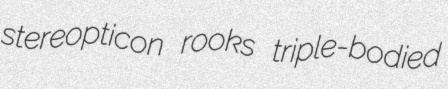
stereopticon rooks triple-bodied